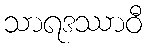
သာရဒဿာဝီ